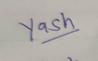
Signature authenticity: genuine